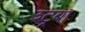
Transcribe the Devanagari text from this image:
श्ट्रबा